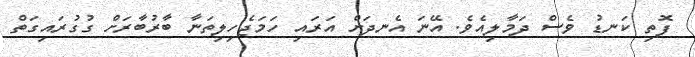
ފޮތި ކަނޑު ވެސް ދަމާލިއެވެ. އޭނަ އެނދަށް އަރައި ހަމަޖެހިލިތަނާ ބާރުބާރަށް ގުގުރައިގަތް